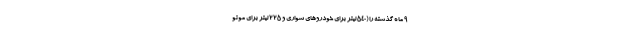
۹ ماه گذشته را (۵۴۰ لیتر برای خودروهای سواری و ۲۲۵ لیتر برای موتو